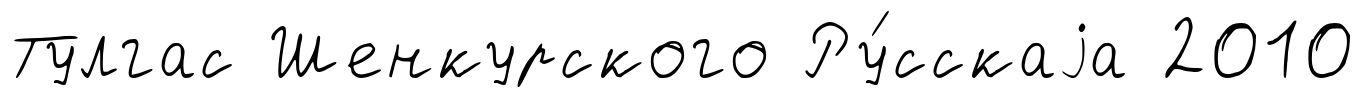
Тулгас Шенкурского Ру́сскаjа 2010